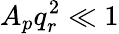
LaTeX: A_{p}q_{r}^{2}\ll 1